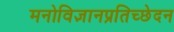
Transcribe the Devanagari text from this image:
मनोविज्ञानप्रतिच्छेदन